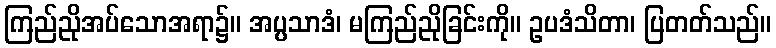
ကြည်ညိုအပ်သောအရာ၌။ အပ္ပသာဒံ၊ မကြည်ညိုခြင်းကို။ ဥပဒံသိတာ၊ ပြတတ်သည်။